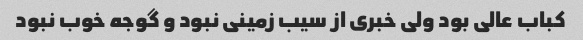
کباب عالی بود ولی خبری از سیب زمینی نبود و گوجه خوب نبود